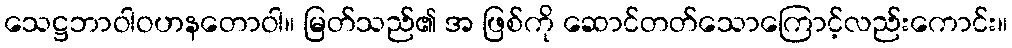
သေဋ္ဌဘာဝါဝဟနတောဝါ။ မြတ်သည်၏ အ ဖြစ်ကို ဆောင်တတ်သောကြောင့်လည်းကောင်း။